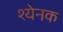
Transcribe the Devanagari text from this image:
श्येनक